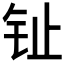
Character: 𰽠